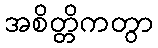
အစိတ္တိကတွာ